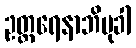
ဥတ္တရေနာဘိမုခါ